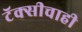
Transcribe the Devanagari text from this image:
टॅक्सीचाही